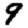
Digit: 9